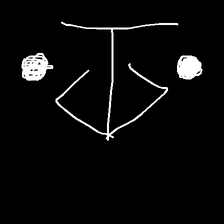
Glyph: earth